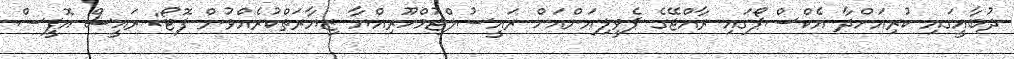
ދުބާއީގައި ކުރިއަށްދާ އެކްސްޕޯގައި ރާއްޖޭގެ ޕެވީލިއަންއަށް ރައީސުލްޖުމްހޫރިއްޔާ ޒިޔާރަތްކުރެއްވުން ފޮޓޯ: ރައީސް އޮފީސް